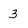
Character: 3